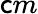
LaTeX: \mathsf{c}m